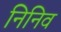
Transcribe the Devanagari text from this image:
निनिव